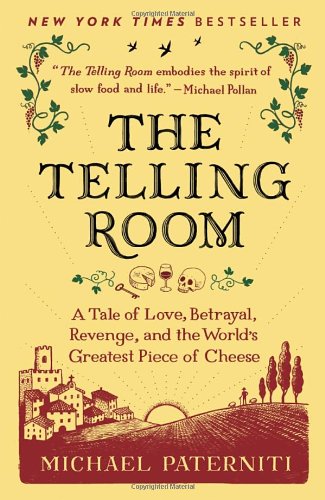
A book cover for The Telling Room: A Tale of Love, Betrayal, Revenge, and the World's Greatest Piece of Cheese; Michael Paterniti; Cookbooks, Food & Wine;